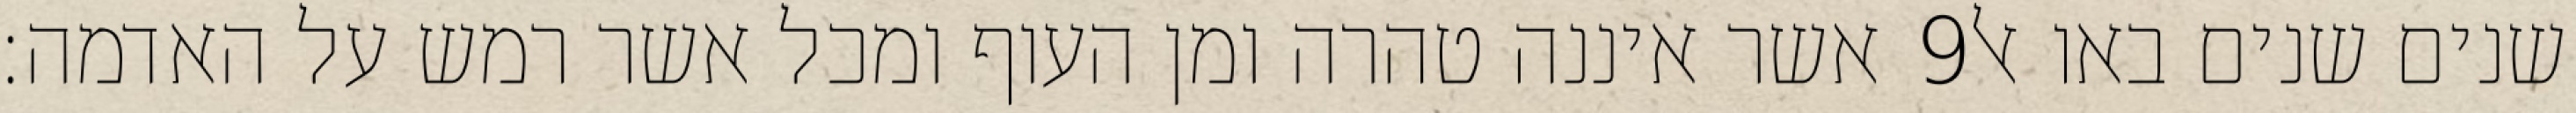
אשר איננה טהרה ומן העוף ומכל אשר רמש על האדמה׃ ‎9‏ שנים שנים באו אל